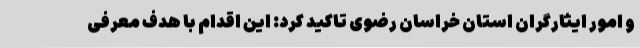
و امور ایثارگران استان خراسان رضوی تاکید کرد: این اقدام با هدف معرفی